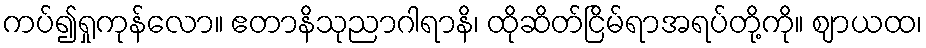
ကပ်၍ရှုကုန်လော။ ဧတာနိသုညာဂါရာနိ၊ ထိုဆိတ်ငြိမ်ရာအရပ်တို့ကို။ ဈာယထ၊